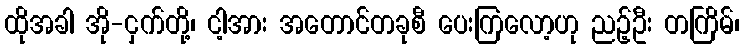
ထိုအခါ အို-ငှက်တို့၊ ငါ့အား အတောင်တခုစီ ပေးကြလော့ဟု ညဉ့်ဦး တကြိမ်၊